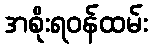
အစိုးရဝန်ထမ်း